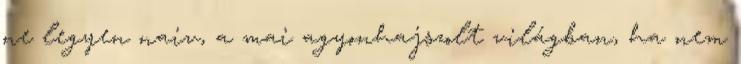
ne legyen naiv, a mai agyonhajszolt világban, ha nem